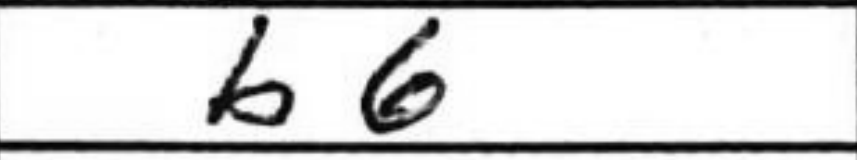
Transcription: b6